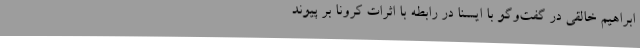
ابراهیم خالقی در گفت‌وگو با ایسنا در رابطه با اثرات کرونا بر پیوند